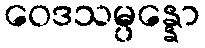
ဝေဒသမ္ပန္နော